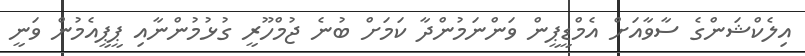
އިލެކްޝަންގެ ސާވާއަށް އެމްޑީޕީން ވަންނަމުންދާ ކަމަށް ބުނެ ޖުމްހޫރީ ގުޅުމުންނާއި ޕީޕީއެމުން ވަނީ